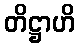
တိဋ္ဌာဟိ